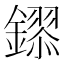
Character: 𮣎